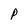
Character: P